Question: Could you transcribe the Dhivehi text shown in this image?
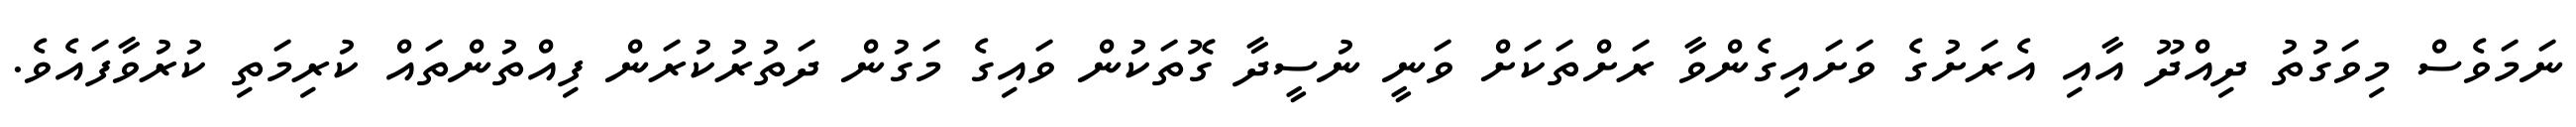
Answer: ނަމަވެސް މިވަގުތު ދިއްދޫ އާއި އެރަށުގެ ވަށައިގެންވާ ރަށްތަކަށް ވަނީ ނުސީދާ ގޮތަކުން ވައިގެ މަގުން ދަތުރުކުރަން ފިއްތުންތައް ކުރިމަތި ކުރުވާފައެވެ.